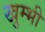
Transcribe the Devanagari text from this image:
खुम्भी